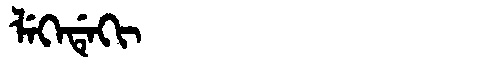
Manchu: ᠯᡝᡴᡝᡩᡝᡴᡳ
Romanization: LEKEDEKI